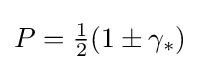
P={\tfrac {1}{2}}(1\pm \gamma _{*})